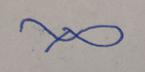
Signature authenticity: forged